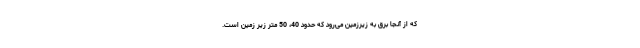
که از آنجا برق به زیرزمین می‌رود که حدود 40، 50 متر زیر زمین است.